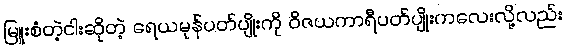
မြူးစံတဲ့ငါးဆိုတဲ့ ရေယမုန်ပတ်ပျိုးကို ဝိဇယကာရီပတ်ပျိုးကလေးလို့လည်း